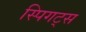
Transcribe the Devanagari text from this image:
स्पिगट्स